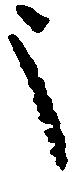
之